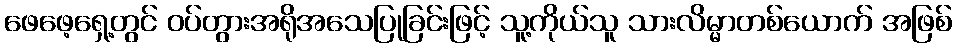
ဖေဖေ့ရှေ့တွင် ဝပ်တွားအရိုအသေပြုခြင်းဖြင့် သူ့ကိုယ်သူ သားလိမ္မာတစ်ယောက် အဖြစ်